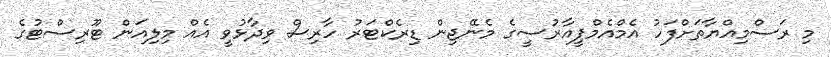
މި ރަސްމިއްޔާތަށްފަހު އެމްއެމްޕީއާރުސީގެ މެނޭޖިން ޑިރެކްޓަރު ހާރިސް ވިދާޅުވީ އެއް މިލިއަން ޓޫރިސްޓުގެ